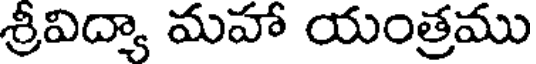
శ్రీవిద్యా మహా యంత్రము